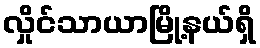
လှိုင်သာယာမြို့နယ်ရှိ